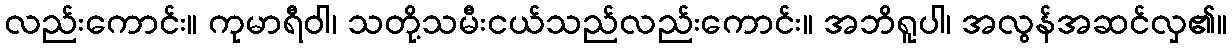
လည်းကောင်း။ ကုမာရီဝါ၊ သတို့သမီးငယ်သည်လည်းကောင်း။ အဘိရူပါ၊ အလွန်အဆင်လှ၏။